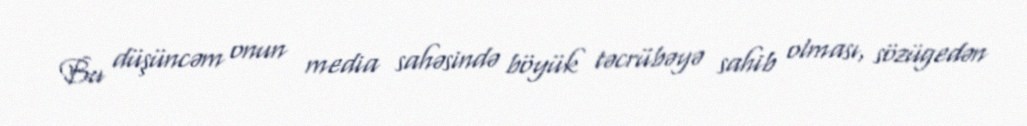
Bu düşüncəm onun media sahəsində böyük təcrübəyə sahib olması, sözügedən